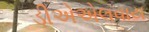
ડીએએલવાય